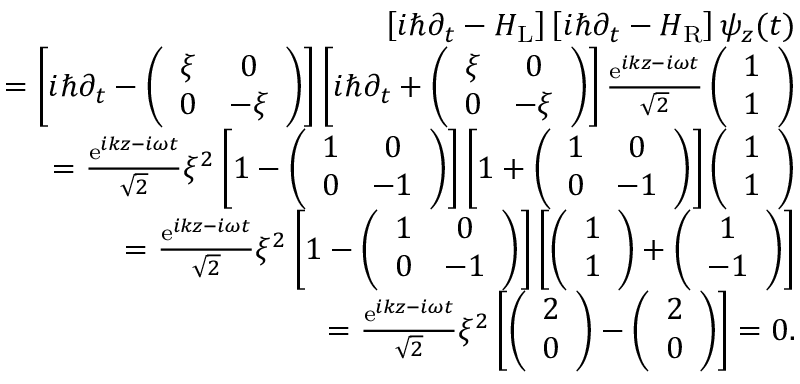
\begin{array} { r l r } & { } & { \left[ i \hbar \partial _ { t } - H _ { \mathrm { L } } \right] \left[ i \hbar \partial _ { t } - H _ { \mathrm { R } } \right] \psi _ { z } ( t ) } \\ & { } & { = \left[ i \hbar \partial _ { t } - \left( \begin{array} { c c } { \xi } & { 0 } \\ { 0 } & { - \xi } \end{array} \right) \right] \left[ i \hbar \partial _ { t } + \left( \begin{array} { c c } { \xi } & { 0 } \\ { 0 } & { - \xi } \end{array} \right) \right] \frac { \mathrm { e } ^ { i k z - i \omega t } } { \sqrt { 2 } } \left( \begin{array} { c } { 1 } \\ { 1 } \end{array} \right) } \\ & { } & { = \frac { \mathrm { e } ^ { i k z - i \omega t } } { \sqrt { 2 } } \xi ^ { 2 } \left[ 1 - \left( \begin{array} { c c } { 1 } & { 0 } \\ { 0 } & { - 1 } \end{array} \right) \right] \left[ 1 + \left( \begin{array} { c c } { 1 } & { 0 } \\ { 0 } & { - 1 } \end{array} \right) \right] \left( \begin{array} { c } { 1 } \\ { 1 } \end{array} \right) } \\ & { } & { = \frac { \mathrm { e } ^ { i k z - i \omega t } } { \sqrt { 2 } } \xi ^ { 2 } \left[ 1 - \left( \begin{array} { c c } { 1 } & { 0 } \\ { 0 } & { - 1 } \end{array} \right) \right] \left[ \left( \begin{array} { c } { 1 } \\ { 1 } \end{array} \right) + \left( \begin{array} { c } { 1 } \\ { - 1 } \end{array} \right) \right] } \\ & { } & { = \frac { \mathrm { e } ^ { i k z - i \omega t } } { \sqrt { 2 } } \xi ^ { 2 } \left[ \left( \begin{array} { c } { 2 } \\ { 0 } \end{array} \right) - \left( \begin{array} { c } { 2 } \\ { 0 } \end{array} \right) \right] = 0 . } \end{array}